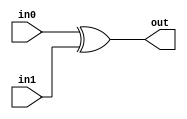
module coreir_xor #(
    parameter width = 1
) (
    input [width-1:0] in0,
    input [width-1:0] in1,
    output [width-1:0] out
);
  assign out = in0 ^ in1;
endmodule

module xor8_wrapped (
    input [7:0] I0,
    input [7:0] I1,
    output [7:0] O
);
wire [7:0] xor8_inst0_out;
coreir_xor #(
    .width(8)
) xor8_inst0 (
    .in0(I0),
    .in1(I1),
    .out(xor8_inst0_out)
);
assign O = xor8_inst0_out;
endmodule